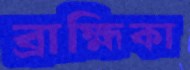
ব্রাহ্মিকা